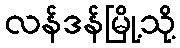
လန်ဒန်မြို့သို့